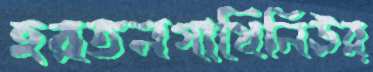
হরতনগাথিনিঊর্